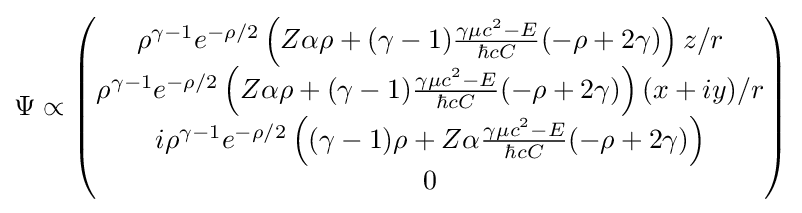
\Psi \propto {\begin{pmatrix}\rho ^{\gamma -1}e^{-\rho /2}\left(Z\alpha \rho +(\gamma -1){\frac {\gamma \mu c^{2}-E}{\hbar cC}}(-\rho +2\gamma )\right)z/r\\\rho ^{\gamma -1}e^{-\rho /2}\left(Z\alpha \rho +(\gamma -1){\frac {\gamma \mu c^{2}-E}{\hbar cC}}(-\rho +2\gamma )\right)(x+iy)/r\\i\rho ^{\gamma -1}e^{-\rho /2}\left((\gamma -1)\rho +Z\alpha {\frac {\gamma \mu c^{2}-E}{\hbar cC}}(-\rho +2\gamma )\right)\\0\end{pmatrix}}